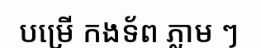
បម្រើ កងទ័ព ភ្លាម ៗ